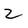
Character: 2